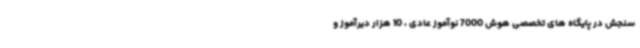
سنجش در پایگاه های تخصصی هوش 7000 نوآموز عادی ، 10 هزار دیرآموز و